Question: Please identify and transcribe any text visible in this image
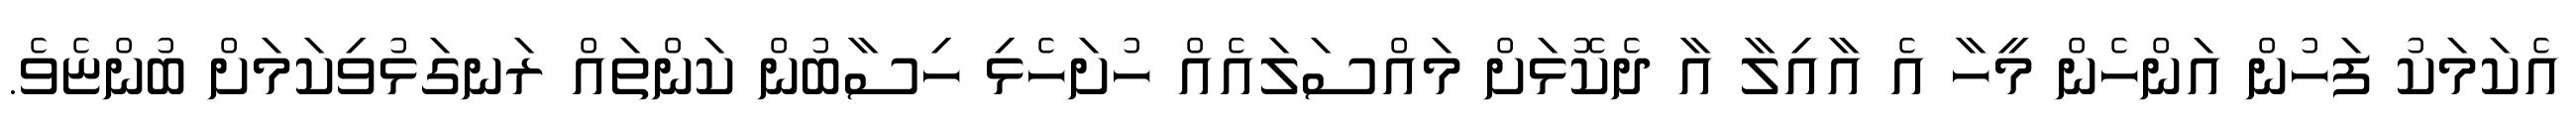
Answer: އެކަމަކު ފަހުން އަންހެން މީހާ އެ އާއިލާ އާ ދެކޮޅަށް މައްސަލައެއް ހުށަހެޅި ހިސާބުން ކަންތައް ރަނގަޅުވިކަމަށް ބުންޏެވެ.